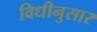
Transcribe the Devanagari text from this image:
विधीनुसार